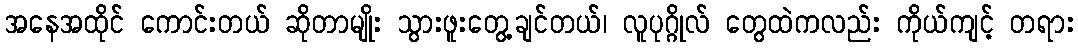
အနေအထိုင် ကောင်းတယ် ဆိုတာမျိုး သွားဖူးတွေ့ချင်တယ်၊ လူပုဂ္ဂိုလ် တွေထဲကလည်း ကိုယ်ကျင့် တရား